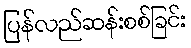
ပြန်လည်ဆန်းစစ်ခြင်း